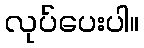
လုပ်ပေးပါ။